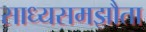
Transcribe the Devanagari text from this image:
साध्यसमझौता